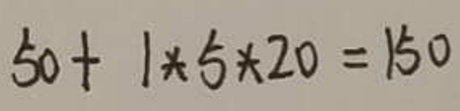
\[
50 + 1\times5\times20 = 150
\]